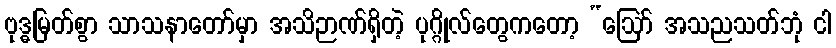
ဗုဒ္ဓမြတ်စွာ သာသနာတော်မှာ အသိဉာဏ်ရှိတဲ့ ပုဂ္ဂိုလ်တွေကတော့ “ဩော် အသညသတ်ဘုံ ငါ